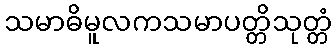
သမာဓိမူလကသမာပတ္တိသုတ္တံ